Report on sanitation, dispensaries, and jails in Rajputana for 1911, and on vaccination for the year 1911-1912 - 1911-1912
Year: 1911
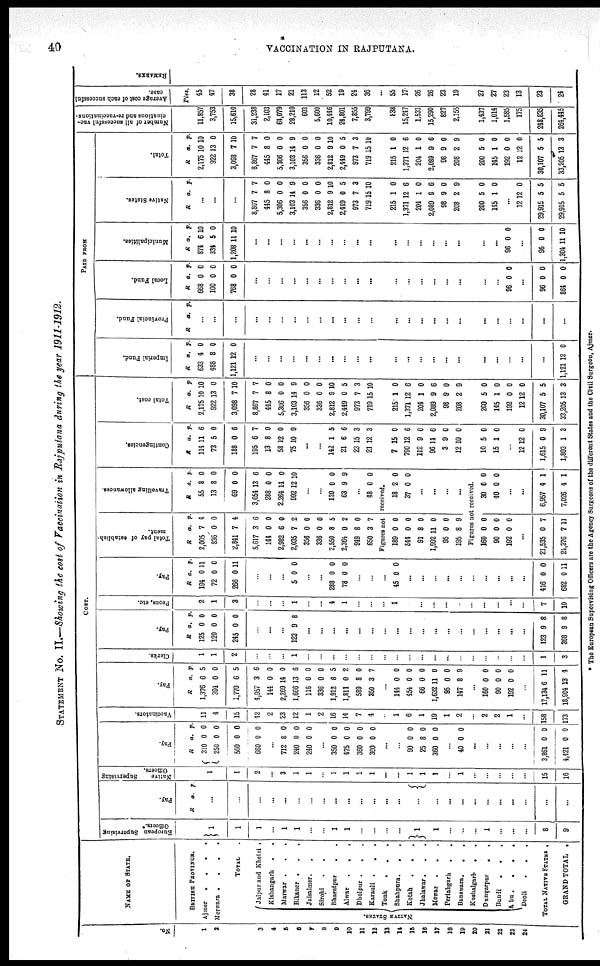
40
VACCINATION IN RAJPUTANA.
STATEMENT No. II.—Showing the cost of Vaccination in Rajputana during the year 1911-1912.
No.
1
2
3
4
5
6
7
8
9
10
11
12
13
14
15
16
17
18
19
20
21
22
23
24
NAME OF STATE.
BRITISH PROVINCE.
Ajmer
.
.
.
.
Merwara .
.
.
.
NATIVE STATES.
TOTAL .
Jaipur and Khetri .
Kishangarh
.
.
Marwar .
.
.
Bikaner . . .
Jaisalmer. .
Sirohi
. .
Bharatpur
.
.
Alwar
.
.
.
Dholpur . . .
Karauli .
. .
Tonk . . .
Shahpura .
.
.
Kotah
. . .
Jhalawar.
.
.
Mewar
.
. .
Pertabgarh . .
Banswara.
.
.
Kushalgarh
. .
Dungarpur
.
.
Bundi
.
.
.
Abu.
.
.
.
Deoli . . .
TOTAL NATIVE STATES .
GRAND TOTAL .
COST.
European Supervising
Officers.*
1
1
1
...
1
1
...
...
1
1
...
...
...
...
1
1
...
...
...
1
...
...
...
8
9
Pay.
R a. p.
...
...
...
...
...
...
...
...
...
...
...
...
...
...
...
...
...
...
...
...
...
...
...
...
...
Native
Supervising
Officers.
1
1
2
...
3
1
1
...
1
1
1
1
...
...
1
1
1
...
1
...
...
...
...
...
15
16
Pay.
R
310
250
560
660
a.
0
0
0
0
p.
0
0
0
0
...
712
240
240
8
0
0
0
0
0
...
350
475
360
300
0
0
0
0
0
0
0
0
...
...
90
25
360
0
8
0
0
0
0
...
40 0 0
...
...
...
...
...
3,861
4,521
0
0
0
0
Vaccinators.
11
4
15
42
2
23
12
1
2
16
14
7
4
...
1
6
1
19
1
2
...
2
2
1
...
158
173
Pay.
R
1,376
394
1,770
4,957
144
2,269
1,666
116
336
1,912
1,811
589
350
a.
6
0
6
3
0
14
13
0
0
8
0
8
3
p.
5
0
5
6
0
0
6
0
0
5
2
0
7
...
144
454
66
1,632
95
147
0
0
0
11
0
8
0
0
0
0
0
9
...
160
90
192
0
0
0
0
0
0
...
17,134
18,904
6
13
11
4
Clerks.
1
1
2
...
...
...
1
...
...
...
...
...
...
...
...
...
...
...
...
...
...
...
...
...
...
1
3
Pay.
R
125
120
245
a.
0
0
0
p.
0
0
0
...
...
...
123 9 8
...
...
...
...
...
...
...
...
...
...
...
...
...
...
...
...
...
...
123
368
9
9
8
8
Peons, etc.
2
1
3
...
...
...
1
...
...
4
1
...
...
...
1
...
...
...
...
...
...
...
...
...
...
7
10
Pay.
R
194
72
266
a.
0
0
0
p.
11
0
11
...
...
...
5 0 0
...
...
288
78
0
0
0
0
...
...
...
45 0 0
...
...
...
...
...
...
...
...
...
...
416
682
0
0
0
11
Total pay of establish-
ment.
R
2,005
836
2,841
5,617
144
2,982
2,035
356
336
2,550
2,364
949
650
a.
7
0
7
3
0
6
7
0
0
8
0
8
3
p.
4
0
4
6
0
0
2
0
0
5
2
0
7
Travelling allowances.
R
55
13
69
3,054
288
2,264
992
a.
8
8
0
13
0
14
12
p.
0
0
0
6
0
0
10
...
...
120
63
0
9
0
9
...
48 0 0
Figures not
received.
189
544
91
1,992
95
195
0
0
8
11
0
8
0
0
0
0
0
9
18
37
2
0
0
0
...
...
...
...
Figures not received.
160
90
192
0
0
0
0
0
0
...
21,535
24,376
0
7
7
11
30
40
0
0
0
0
...
...
6,957
7,026
4
4
1
1
Contingencies.
R
114
73
188
195
13
58
75
a.
11
5
0
6
8
12
10
p.
6
0
6
7
0
0
9
...
...
142
21
23
21
1
6
15
12
5
6
3
3
7
790
112
96
3
12
15
12
9
14
9
10
0
6
0
6
0
0
10
15
5
1
0
0
...
12
1,615
1,803
12
0
1
0
9
3
Total cost.
R
2,175
922
3,098
8,867
445
5,306
3,103
356
336
2,812
2,449
973
719
a.
10
13
7
7
8
0
14
0
0
9
0
7
15
p.
10
0
10
7
0
0
9
0
0
10
5
3
10
215
1,371
204
2,089
98
208
1
12
1
9
9
2
0
6
0
6
0
9
200
145
192
12
30,107
33,205
5
1
0
12
5
13
0
0
0
0
5
3
PAID FROM
Imperial Fund.
R
633
488
1,121
a.
4
8
12
p.
0
0
0
...
...
...
...
...
...
...
...
...
...
...
...
...
...
...
...
...
...
...
...
...
1,121 12 0
Provincial Fund.
R
a. p.
...
...
...
...
...
...
...
...
...
...
...
...
...
...
...
...
...
...
...
...
...
...
...
...
...
Local Fund.
R
668
100
768
a.
0
0
0
p.
0
0
0
...
...
...
...
...
...
...
...
...
...
...
...
...
...
...
...
...
...
96 0 0
...
96
864
0
0
0
0
Municipalities.
R
874
334
1,208
a.
6
5
11
p.
10
0
10
...
...
...
...
...
...
...
...
...
...
...
...
...
...
...
...
...
96 0 0
...
96
1,304
0
11
0
10
Native States.
R
a. p.
...
...
...
8,807
445
5,306
3,103
356
336
2,812
2,449
973
719
7
8
0
14
0
0
9
0
7
15
7
0
0
9
0
0
10
5
3
10
215
1,371
204
2,089
98
208
1
12
1
9
9
2
0
6
0
6
0
9
200
145
5
1
0
0
...
12
29,915
29,915
12
5
5
0
5
5
Total.
R
2,175
922
3,098
8,867
445
5,306
3,103
356
336
2,812
2,449
973
719
a.
10
13
7
7
8
0
14
0
0
9
0
7
15
p.
10
0
10
7
0
0
9
0
0
10
5
3
10
215
1,371
204
2,089
98
208
1
12
1
9
9
2
0
6
0
6
0
9
200
145
192
12
30,107
33,205
5
1
0
12
5
13
0
0
0
0
5
3
Number of all successful vac¬
cinations and re-vaccinations.
11,857
3,753
15,610
31,238
2,103
64,079
28,210
603
5,600
10,446
24,801
7,855
3,799
838
15,247
1,531
15,290
827
2,155
1,437
1,014
1,585
175
248,835
264,445
Average cost of each successful
case.
Pies.
45
47
38
28
41
17
21
113
12
52
19
24
36
...
55
17
26
26
23
19
27
27
23
13
23
24
REMARKS.
* The European Supervising Officers are the Agency Surgeons of the different States and the Civil Surgeon, Ajmer.